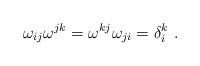
LaTeX: \begin{align*}\omega_{ij} \omega^{jk} = \omega^{kj}\omega_{ji} = \delta^k_i\ .\end{align*}